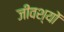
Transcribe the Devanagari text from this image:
जीवश्यों